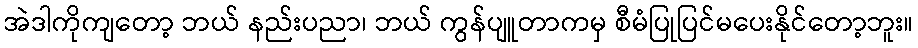
အဲဒါကိုကျတော့ ဘယ် နည်းပညာ၊ ဘယ် ကွန်ပျူတာကမှ စီမံပြုပြင်မပေးနိုင်တော့ဘူး။